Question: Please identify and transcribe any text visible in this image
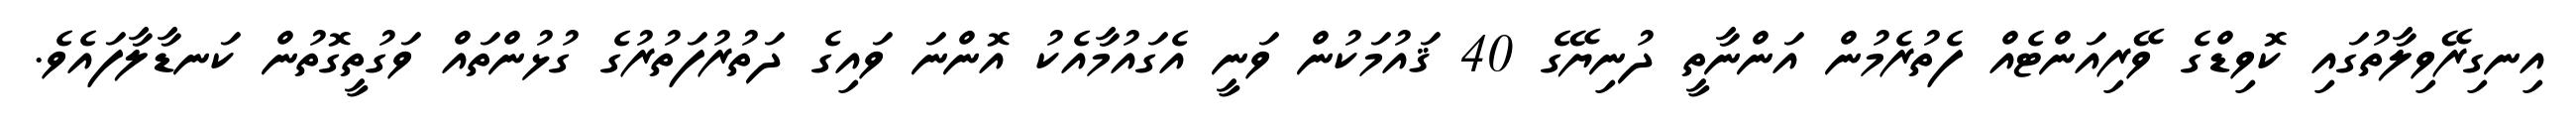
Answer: އިނގިރޭވިލާތުގައި ކޮވިޑްގެ ވޭރިއަންޓެއް ފެތުރެމުން އަންނާތީ ދުނިޔޭގެ 40 ޤައުމަކުން ވަނީ އެގައުމާއެކު އޮންނަ ވައިގެ ދަތުރުފަތުރުގެ ގުޅުންތައް ވަގުތީގޮތުން ކަނޑާލާފައެވެ.